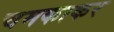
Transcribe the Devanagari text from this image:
चमकाकर